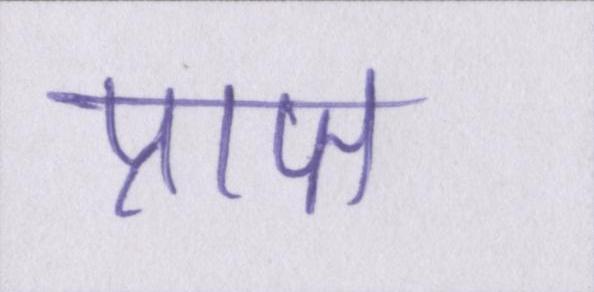
प्राप्त